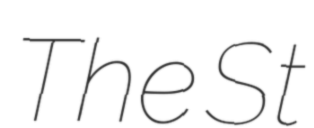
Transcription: The St